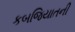
કબજિયાતની